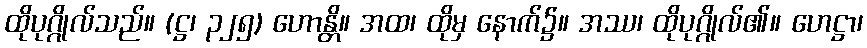
ထိုပုဂ္ဂိုလ်သည်။ (ဋ္ဌ၊ ၃၂၅) ဟောန္တိ။ အထ၊ ထိုမှ နောက်၌။ အဿ၊ ထိုပုဂ္ဂိုလ်၏။ ဟေဋ္ဌာ၊